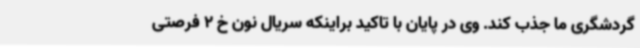
گردشگری ما جذب کند. وی در پایان با تاکید براینکه سریال نون خ 2 فرصتی